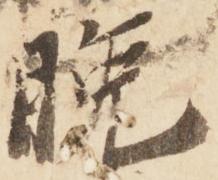
晩